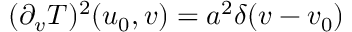
( \partial _ { v } T ) ^ { 2 } ( u _ { 0 } , v ) = a ^ { 2 } \delta ( v - v _ { 0 } )